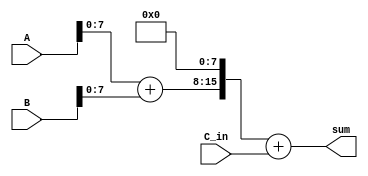
module fixed_point_adder (
    input [15:0] A,
    input [15:0] B,
    input [15:0] C_in,
    output [15:0] sum
);

reg [15:0] temp_result;

// First arithmetic block
reg [15:0] shift_reg_A;
reg [15:0] shift_reg_B;
reg [15:0] shifted_A;
reg [15:0] shifted_B;
reg [15:0] intermediate_result;

always @(*) begin
    shift_reg_A = A << 8; // Shift left by 8 bits to align decimal point
    shift_reg_B = B << 8; // Shift left by 8 bits to align decimal point
    shifted_A = shift_reg_A >> 8; // Shift right to adjust decimal point position
    shifted_B = shift_reg_B >> 8; // Shift right to adjust decimal point position
    intermediate_result = shifted_A + shifted_B; // Add shifted operands
end

// Second arithmetic block
reg [15:0] shifted_intermediate_result;

always @(*) begin
    shifted_intermediate_result = intermediate_result << 8; // Shift left by 8 bits to align decimal point
    sum = shifted_intermediate_result + C_in; // Add shifted intermediate result to carry-in value
end

endmodule